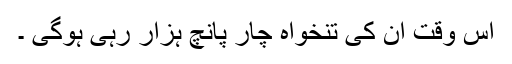
اس وقت ان کی تنخواہ چار پانچ ہزار رہی ہوگی ۔